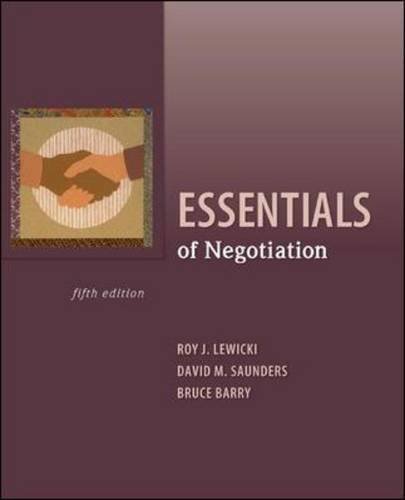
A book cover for Essentials of Negotiation; Roy Lewicki; Business & Money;